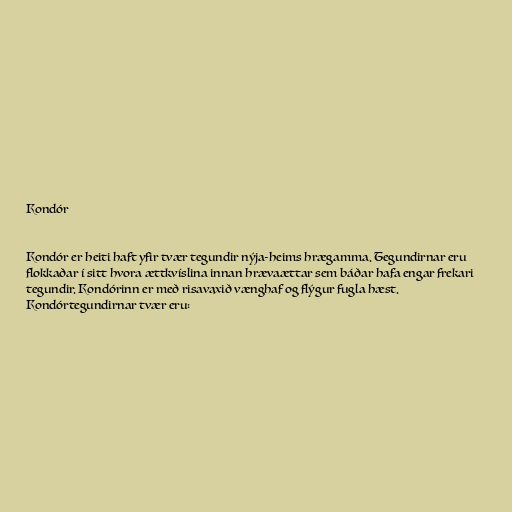
Kondór

Kondór er heiti haft yfir tvær tegundir nýja-heims hrægamma. Tegundirnar eru
flokkaðar í sitt hvora ættkvíslina innan hrævaættar sem báðar hafa engar frekari
tegundir. Kondórinn er með risavaxið vænghaf og flýgur fugla hæst.
Kondórtegundirnar tvær eru: